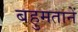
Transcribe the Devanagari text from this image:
बहुमतानें